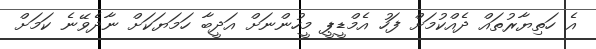
އެ ހަތިޔާރުތައް ދެއްކުމަށް ފަހު އެމްޑީޕީ މީހުންނަށް އަދީބާ ހަމަޔަކަށް ނާދެވޭނެ ކަމަށް